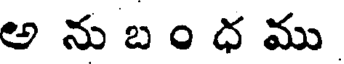
అ ను బ ం ధ ము